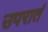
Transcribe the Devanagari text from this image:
उपरातं